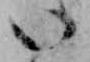
い